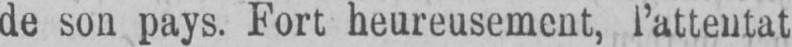
de son pays. Fort heureusement, l’attentat